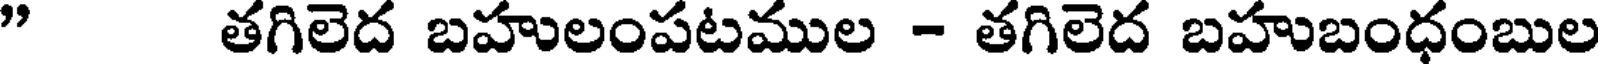
" తగిలెద బహులంపటముల - తగిలెద బహుబంధంబుల